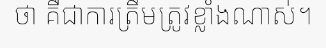
ថា គឺជាការត្រឹមត្រូវខ្លាំងណាស់។